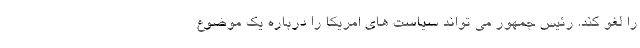
را لغو کند. رئیس جمهور می تواند سیاست های امریکا را درباره یک موضوع